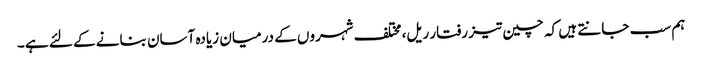
ہم سب جانتے ہیں کہ چین تیز رفتار ریل، مختلف شہروں کے درمیان زیادہ آسان بنانے کے لئے ہے ۔